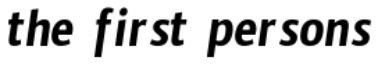
the first persons